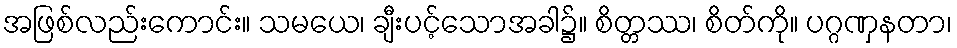
အဖြစ်လည်းကောင်း။ သမယေ၊ ချီးပင့်သောအခါ၌။ စိတ္တဿ၊ စိတ်ကို။ ပဂ္ဂဏှနတာ၊